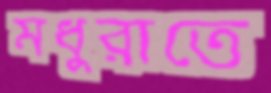
মধুরাতে